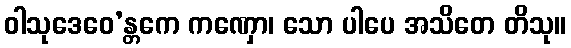
ဝါသုဒေဝေ’န္တကေ ကဏှော၊ သော ပါပေ အသိတေ တိသု။